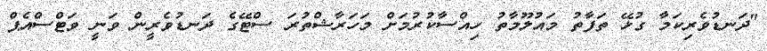
"ދަނޑުވެރިކަމާ ގުޅޭ ތަފާތު މައުލޫމާތު ހިއްސާކުރުމަށް މަހަރާޝްތުރަ ސްޓޭގެ ދަނޑުވެރީން ވަނީ ވަޓްސްއެޕް